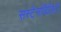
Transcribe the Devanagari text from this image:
सस्टेनाबिलिटी